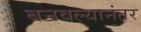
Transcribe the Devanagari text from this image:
बनवल्यानंतर